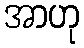
အာဟု